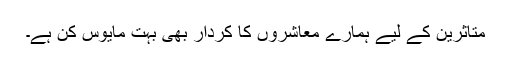
متاثرین کے لیے ہمارے معاشروں کا کردار بھی بہت مایوس کن ہے۔